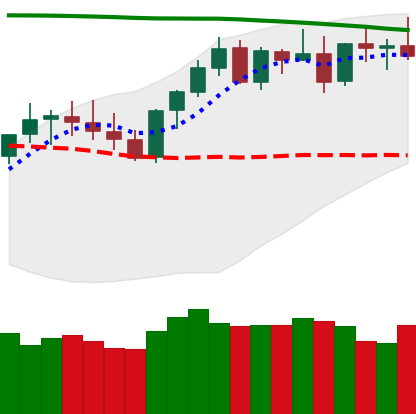
Ticker: XMR-USD
Chart end date: 2021-08-16
Forward return: 7.578%
Label: up_7plus